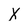
Character: X